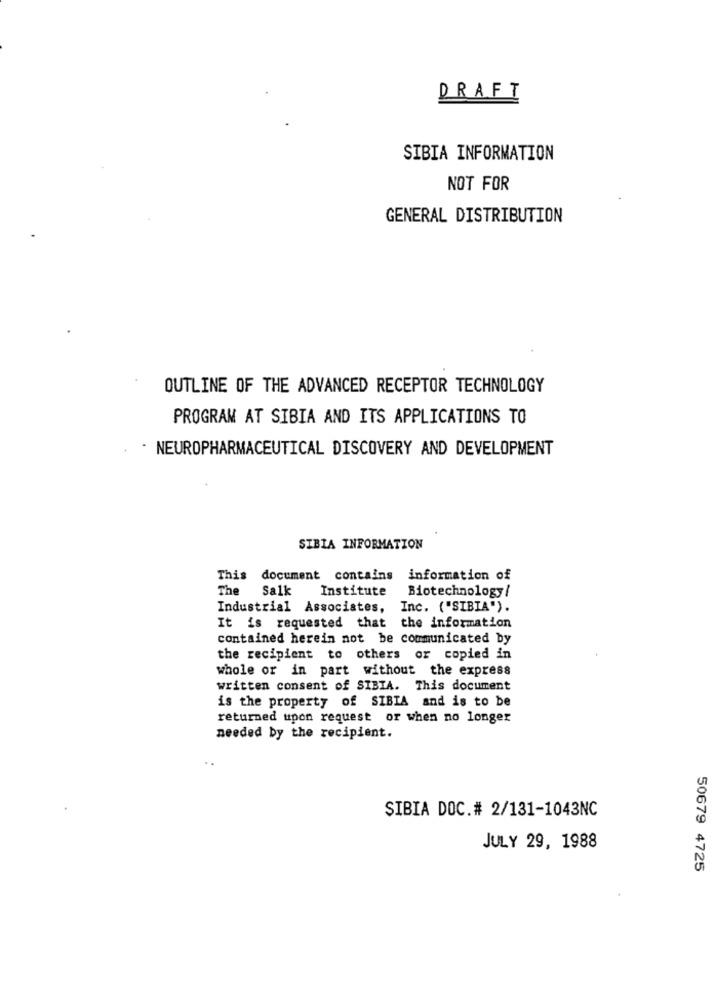
DRAFT
SIBIA INFORMATION
NOT FOR
GENERAL DISTRIBUTION
OUTLINE OF THE ADVANCED RECEPTOR TECHNOLOGY
PROGRAM AT SIBIA AND ITS APPLICATIONS TO
NEUROPHARMACEUTICAL DISCOVERY AND DEVELOPMENT
SIBIA INFORMATION
This document contains information of
The
Salk
Institute
Biotechnology/
Industrial Associates,
Inc. ("SIBIA").
It is requested that the information
contained herein not be communicated by
the recipient to others or copied in
whole or in part without the express
written consent of SIBIA. This document
is the property of SIBIA and is to be
returned upon request or when no longer
needed by the recipient.
SIBIA DOC.# 2/131-1043NC
JULY 29, 1988
50679 4725